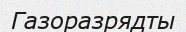
Газоразрядты